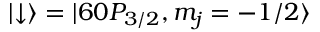
\left| \downarrow \right\rangle = | 6 0 P _ { 3 / 2 } , m _ { j } = - 1 / 2 \rangle